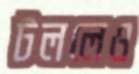
টললেও